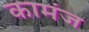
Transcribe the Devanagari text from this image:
कामंज